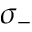
\sigma _ { - }